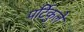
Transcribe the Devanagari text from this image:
पर्टिकुले